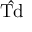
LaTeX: \hat { \mathrm { T d } }